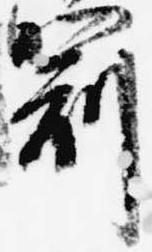
冠